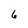
Character: 6